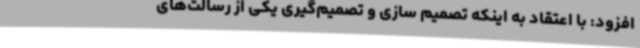
افزود: با اعتقاد به اینکه تصمیم‌ سازی و تصمیم‌گیری یکی از رسالت‌های